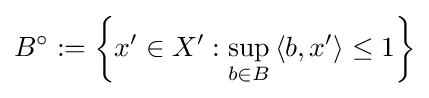
B^{\circ }:=\left\{x^{\prime }\in X^{\prime }:\sup _{b\in B}\left\langle b,x^{\prime }\right\rangle \leq 1\right\}